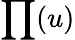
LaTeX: \prod(u)